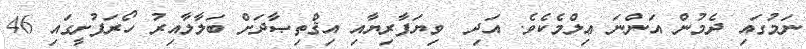
ނަމުގައި ދެމުން އަންނަ ޢިލްމެކެވެ. އަދި  ވިޔަފާރިޔާއި އިޤްތިޞާދަށް ބަލާލާއިރު ހޯރަފުށީގައި 46